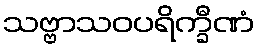
သဗ္ဗာသဝပရိက္ခီဏံ